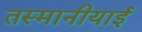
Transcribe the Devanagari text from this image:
तस्मानीयाई